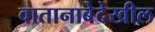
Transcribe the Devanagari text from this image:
वातानाबेदेखील